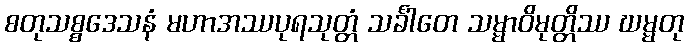
စတုသစ္စဒေသနံ မဟာအဿပုရသုတ္တံ သင်္ခါတေ သမ္မာဝိမုတ္တိဿ ဃမ္မတု